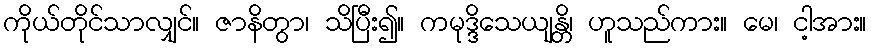
ကိုယ်တိုင်သာလျှင်။ ဇာနိတွာ၊ သိပြီး၍။ ကမုဒ္ဒိသေယျန္တိ၊ ဟူသည်ကား။ မေ၊ ငါ့အား။